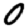
Digit: 0